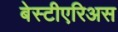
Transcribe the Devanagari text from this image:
बेस्टीएरिअस